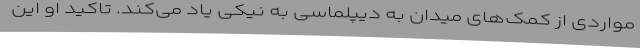
مواردی از کمک‌های میدان به دیپلماسی به نیکی یاد می‌کند. تاکید او این